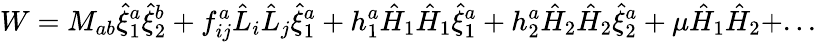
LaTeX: W=M_{ab}\hat{\xi}_{1}^{a}\hat{\xi}_{2}^{b}+f_{ij}^{a}\hat{L}_{i}\hat{L}_{j}\hat{\xi}_{1}^{a}+h_{1}^{a}\hat{H}_{1}\hat{H}_{1}\hat{\xi}_{1}^{a}+h_{2}^{a}\hat{H}_{2}\hat{H}_{2}\hat{\xi}_{2}^{a}+\mu\hat{H}_{1}\hat{H}_{2}+...